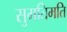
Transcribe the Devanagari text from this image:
सुमतिमति